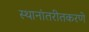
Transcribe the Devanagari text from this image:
स्थानांतरीतकरणे